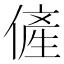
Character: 𱏊